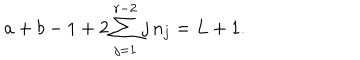
a + b - 1 + 2 \sum _ { j = 1 } ^ { r - 2 } j \, n _ { j } = L + 1 .